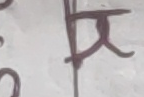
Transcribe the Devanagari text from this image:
रु